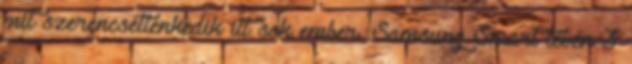
mit szerencsétlenkedik itt sok ember. Samsung Smart tévén 3